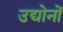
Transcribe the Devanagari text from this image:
उद्योनों